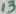
Text: 13